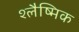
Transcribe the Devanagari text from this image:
श्‍लैष्‍मिक